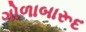
ગોળાબારૂદ